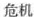
危机